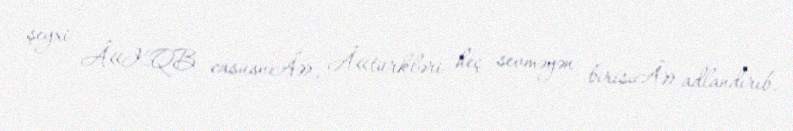
şeyxi Â«KQB casusuÂ», Â«türkləri heç sevməyən birisiÂ» adlandırıb.